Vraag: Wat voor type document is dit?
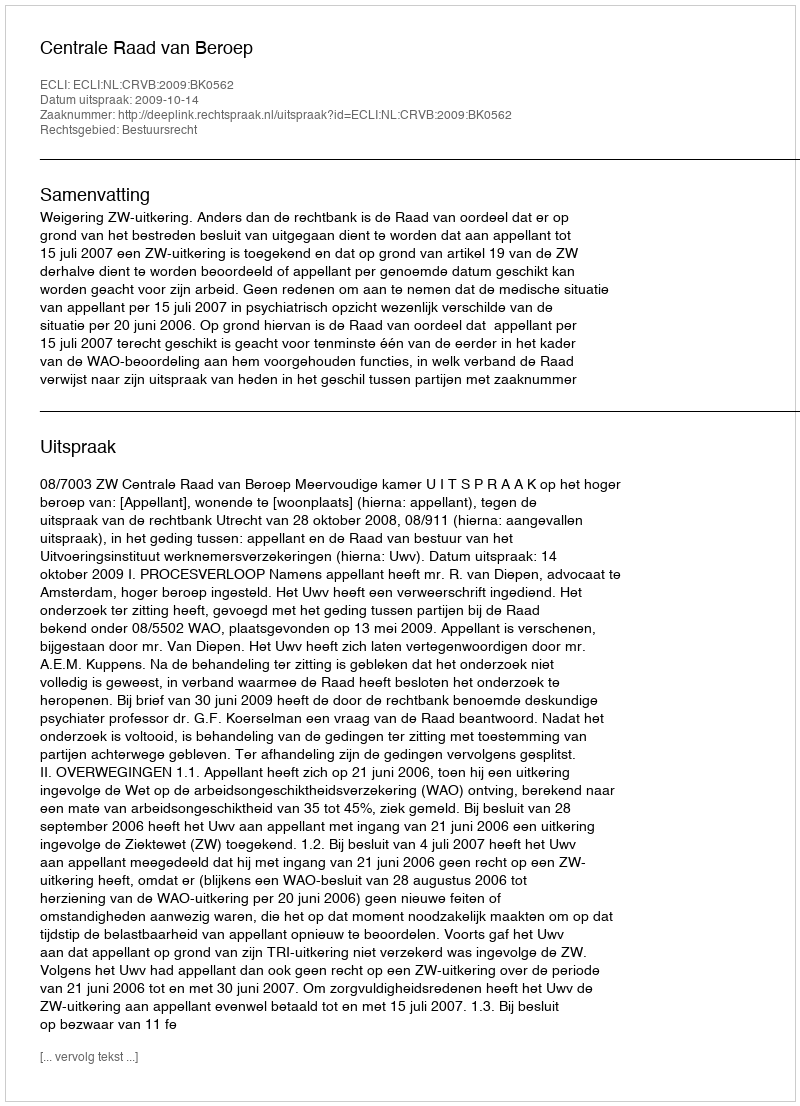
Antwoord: Uitspraak